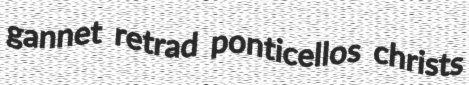
gannet retrad ponticellos christs